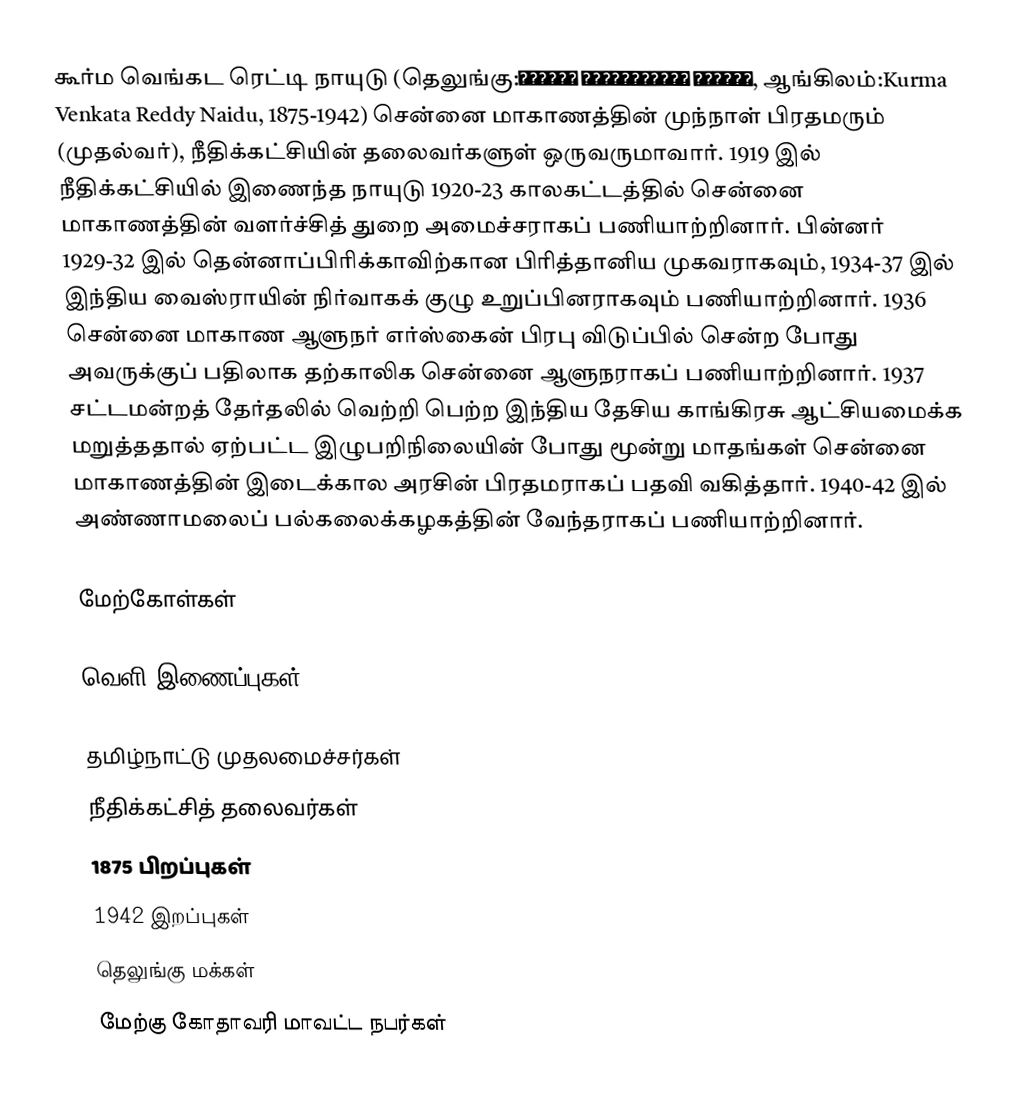
கூர்ம வெங்கட ரெட்டி நாயுடு (தெலுங்கு:కూర్మా వేంకటరెడ్డి నాయుడు, ஆங்கிலம்:Kurma Venkata Reddy Naidu, 1875-1942) சென்னை மாகாணத்தின்  முந்நாள் பிரதமரும் (முதல்வர்), நீதிக்கட்சியின் தலைவர்களுள் ஒருவருமாவார். 1919 இல் நீதிக்கட்சியில் இணைந்த நாயுடு 1920-23 காலகட்டத்தில் சென்னை மாகாணத்தின் வளர்ச்சித் துறை அமைச்சராகப் பணியாற்றினார். பின்னர் 1929-32 இல் தென்னாப்பிரிக்காவிற்கான பிரித்தானிய முகவராகவும், 1934-37 இல் இந்திய வைஸ்ராயின் நிர்வாகக் குழு உறுப்பினராகவும் பணியாற்றினார். 1936 சென்னை மாகாண ஆளுநர் எர்ஸ்கைன் பிரபு விடுப்பில் சென்ற போது அவருக்குப் பதிலாக தற்காலிக சென்னை ஆளுநராகப் பணியாற்றினார். 1937 சட்டமன்றத் தேர்தலில் வெற்றி பெற்ற இந்திய தேசிய காங்கிரசு ஆட்சியமைக்க மறுத்ததால் ஏற்பட்ட இழுபறிநிலையின் போது மூன்று மாதங்கள் சென்னை மாகாணத்தின் இடைக்கால அரசின் பிரதமராகப் பதவி வகித்தார். 1940-42 இல் அண்ணாமலைப் பல்கலைக்கழகத்தின் வேந்தராகப் பணியாற்றினார்.

மேற்கோள்கள்

வெளி இணைப்புகள்

தமிழ்நாட்டு முதலமைச்சர்கள்
நீதிக்கட்சித் தலைவர்கள்
1875 பிறப்புகள்
1942 இறப்புகள்
தெலுங்கு மக்கள்
மேற்கு கோதாவரி மாவட்ட நபர்கள்